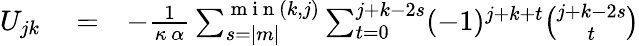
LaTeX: \begin{array}{rlr}{U_{jk}}&{{}=}&{-\frac{1}{\kappa\, \alpha}\sum_{s=|m|}^{\mathrm{~m~i~n~}(k,j)}\sum_{t=0}^{j+k-2s}(-1)^{j+k+t}{\binom{j+k-2s}{t}}}\end{array}